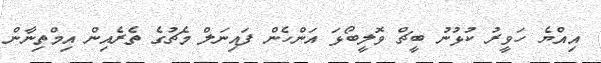
އިއްޔެ ހަވީރު ކުޅުނު ބީޗް ވޮލީބޯޅަ އަންހެން ފައިނަލް މެޗުގެ ތެރެއިން އިމްތިނާން